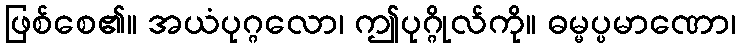
ဖြစ်စေ၏။ အယံပုဂ္ဂလော၊ ဤပုဂ္ဂိုလ်ကို။ ဓမ္မပ္ပမာဏော၊